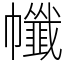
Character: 㡨